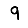
Digit: 9